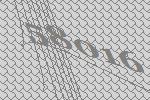
58016